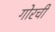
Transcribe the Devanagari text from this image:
गोरची